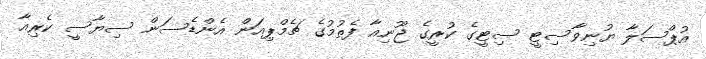
އުޕްސަލާ ޔުނިވާސިޓީ ސިޓީގެ ކުރީގެ ޖޫނިއާ ފެތުމުގެ ޗެމްޕިއަން އެންޑެސަން ސިޔާސީ ކެރިއާ